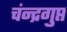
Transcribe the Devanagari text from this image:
चंन्द्रगुप्त